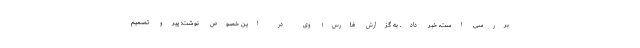
بررسی است، خبر داد. به گزارش فارس؛ وی در این خصوص نوشت: پیرو تصمیم